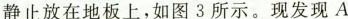
静止放在地板上，如图3所示。现发现A